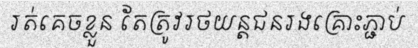
រត់គេចខ្លួន តែត្រូវរថយន្តជនរងគ្រោះភ្ជាប់